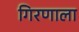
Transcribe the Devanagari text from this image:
गिरणाला